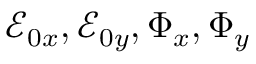
\mathcal { E } _ { 0 x } , \mathcal { E } _ { 0 y } , \Phi _ { x } , \Phi _ { y }